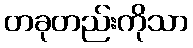
တခုတည်းကိုသာ